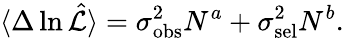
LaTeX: \langle\Delta\ln\hat{\cal L}\rangle=\sigma_{\mathrm{obs}}^{2}N^{a}+\sigma_{\mathrm{sel}}^{2}N^{b}.